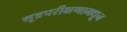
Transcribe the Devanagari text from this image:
मूत्रपरीक्षणामधून